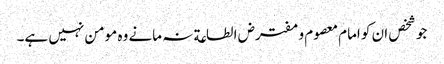
جو شخص ان کو امام معصوم و مفترض الطاعة نہ مانے وہ مومن نہیں ہے۔